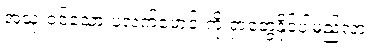
အသုံးဝင်သော ပလက်ဖောင်းကို ရှာတွေ့နိုင်ပါမည်လား။